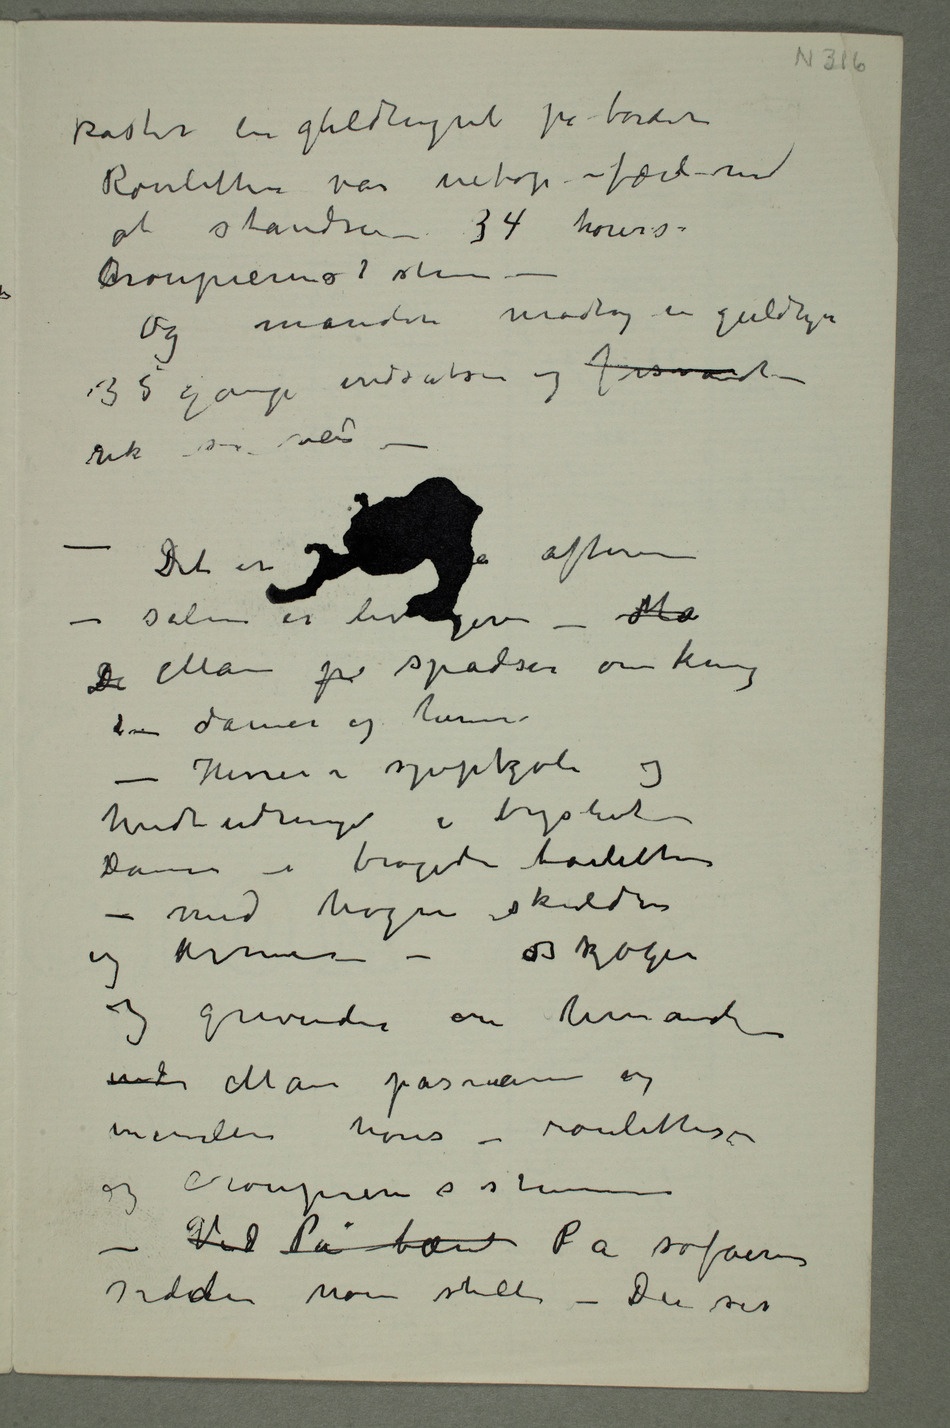
kaster en guldmynt på bordet
Rouletten var netop færdi med
at standse – 34 høres
Croupierens  stemme –
Og manden modtog en guldmynt
indsatsen og forsvandt –
gik sin
vei – – Det er  aften
– salen er livligere – Ma
De Man p spadserer omkring
– damer og herrer
– Herrer i snipkjole og
hvidt udringet i brystet –
Damer i brogede toaletter
– med nøgne skuldre
og armer –
og grevinder om hinanden
inimellem høres – rouletten
og croupierens stemme
– – Ved På bænk På sofaen
sidder noen stille – Du ser